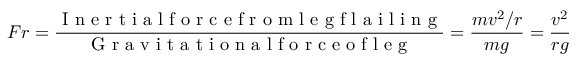
F r = \frac { \mathrm { ~ I ~ n ~ e ~ r ~ t ~ i ~ a ~ l ~ f ~ o ~ r ~ c ~ e ~ f ~ r ~ o ~ m ~ l ~ e ~ g ~ f ~ l ~ a ~ i ~ l ~ i ~ n ~ g ~ } } { \mathrm { ~ G ~ r ~ a ~ v ~ i ~ t ~ a ~ t ~ i ~ o ~ n ~ a ~ l ~ f ~ o ~ r ~ c ~ e ~ o ~ f ~ l ~ e ~ g ~ } } = \frac { m v ^ { 2 } / r } { m g } = \frac { v ^ { 2 } } { r g }